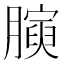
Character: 𭩋